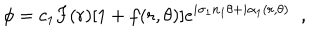
\phi = c _ { 1 } F ( r ) [ 1 + f ( r , \theta ) ] e ^ { i \sigma _ { 1 } n _ { 1 } \theta + i \alpha _ { 1 } ( r , \theta ) } \; \; ,